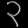
Digit: ၃